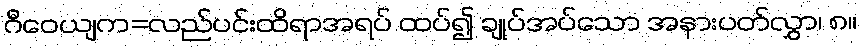
ဂီဝေယျက=လည်ပင်းထိရာအရပ် ထပ်၍ ချုပ်အပ်သော အနားပတ်လွှာ၊ ၈။